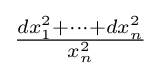
{\tfrac {dx_{1}^{2}+\cdots +dx_{n}^{2}}{x_{n}^{2}}}